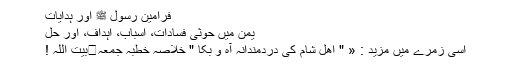
فرامینِ رسول ﷺ اور ہدایات
یمن میں حوثی فسادات، اسباب، اہداف، اور حل
اسی زُمرے میں مزید : « " اھل ِشام کی دردمندانہ آہ و بُکا " خلاصہ خطبہ جمعہ	بیت اللہ !